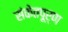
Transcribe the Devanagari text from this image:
संकेतपूर्ण